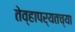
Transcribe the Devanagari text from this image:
तेव्हापर्यतच्या